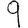
Digit: 9